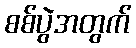
စစ်ပွဲအတွက်